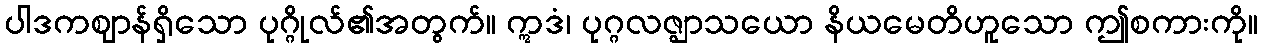
ပါဒကဈာန်ရှိသော ပုဂ္ဂိုလ်၏အတွက်။ ဣဒံ၊ ပုဂ္ဂလဇ္ဈာသယော နိယမေတိဟူသော ဤစကားကို။